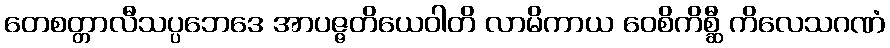
တေစတ္တာလီသပ္ပဘေဒေ အာပဇ္ဇတိယေဝါတိ လာမိကာယ ဝေစိကိစ္ဆီ ကိလေသဂဏံ